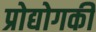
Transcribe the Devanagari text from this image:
प्रोद्योगकी